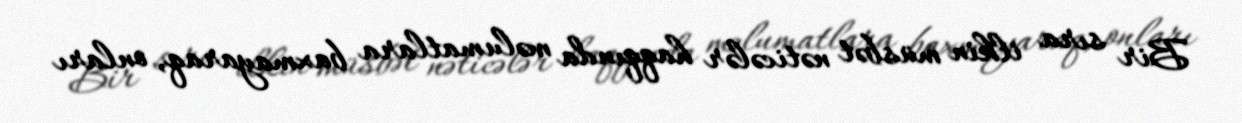
Bir sıra ilkin müsbət nəticələr haqqında məlumatlara baxmayaraq, onları